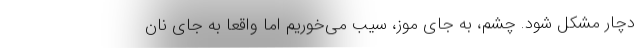
دچار مشکل شود. چشم، به جای موز، سیب می‌خوریم اما واقعا به جای نان